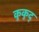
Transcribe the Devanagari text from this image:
कुकुद्